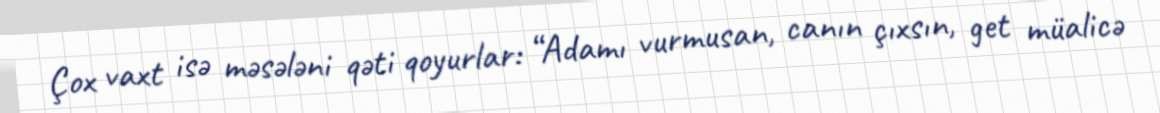
Çox vaxt isə məsələni qəti qoyurlar: “Adamı vurmusan, canın çıxsın, get müalicə